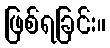
ဖြစ်ရခြင်း။